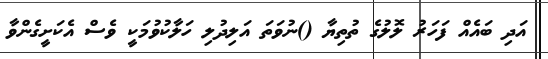
އަދި ބައެއް ފަހަރު ލޮލުގެ ތުތިޔާ ()ނުވަތަ އަލިދުލި ހަލާކުވުމަކީ ވެސް އެކަށީގެންވާ